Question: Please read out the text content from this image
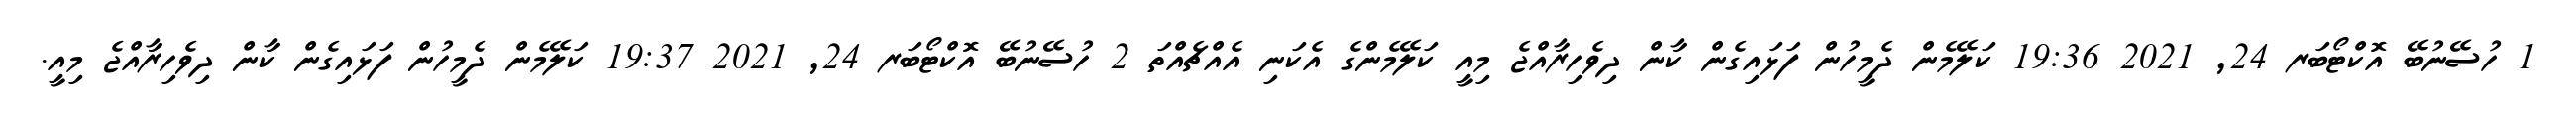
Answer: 1 ހުސޭނުބޭ އޮކްޓޯބަރ 24, 2021 19:36 ކަލޭމެން ދެމީހުން ފަޅައިގެން ކާން ދިވެހިރާއްޖެ މިއީ ކަލޭމެންގެ އެކަނި އެއްޗެއްތަ 2 ހުސޭނުބޭ އޮކްޓޯބަރ 24, 2021 19:37 ކަލޭމެން ދެމީހުން ފަޅައިގެން ކާން ދިވެހިރާއްޖެ މިއީ.